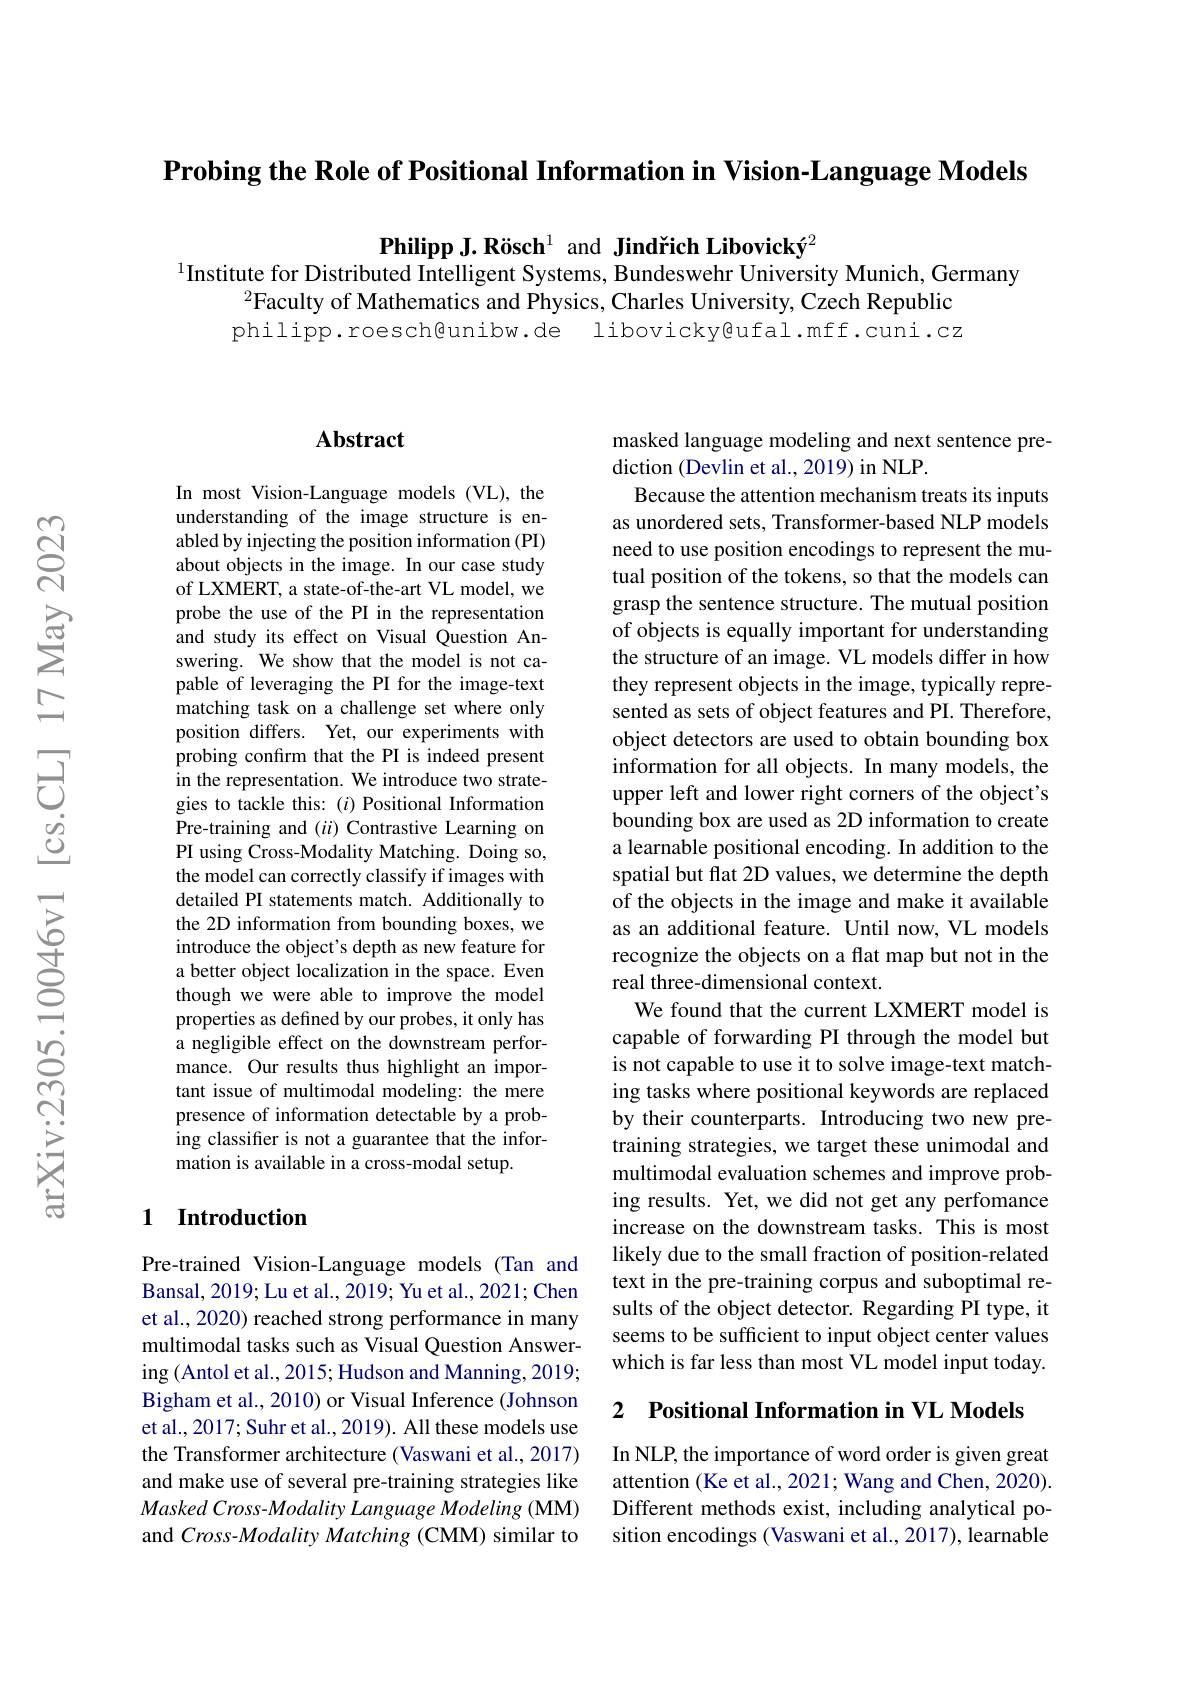
$\textbf{Probing the Role of Positional Information in Vision- Language Models}$

Philipp J.Rösch$^{1}$ and Jindrich Libovický$^{2}$
$^{1}$Institute for Distributed Intelligent Systems, Bundeswehr University Munich, Germany
$^{2}$Faculty of Mathematics and Physics, Charles University, Czech Republic philipp.roesch@unibw.de libovicky@ufal.mff.cuni.cz

## $\mathbf{Abstract}$

In most Vision-Language models(VL), the understanding of the image structure is enabled by injecting the position information (PI) about objects in the image. In our case study of LXMERT, a state-of-the-art VL model, we probe the use of the PI in the representation and study its effect on Visual Question Answering. We show that the model is not capable of leveraging the PI for the image-text matching task on a challenge set where only position differs. Yet, our experiments with probing confırm that the PI is indeed present in the representation. We introduce two strategies to tackle this: $(i)$ Positional Information Pre-training and $(ii)$ Contrastive Learning on PI using Cross-Modality Matching. Doing so, the model can correctly classify if images with detailed PI statements match. Additionally to the 2D information from bounding boxes, we introduce the object's depth as new feature for a better object localization in the space. Even though we were able to improve the model properties as defined by our probes, it only has a negligible effect on the downstream performance. Our results thus highlight an important issue of multimodal modeling: the mere presence of information detectable by a probing classifier is not a guarantee that the information is available in a cross-modal setup.

## 1 Introduction

Pre-trained Vision-Language models (Tan and Bansal, 2019; Lu et al., 2019; Yu et al., 2021; Chen et al., 2020) reached strong performance in many multimodal tasks such as Visual Question Answering (Antol et al., 2015; Hudson and Manning, 2019; Bigham et al., 2010) or Visual Inference (Johnson et al., 2017; Suhr et al., 2019). All these models use the Transformer architecture (Vaswani et al., 2017) and make use of several pre-training strategies like $Masked\textit{Cross- Modality Language Modeling ( MM) }$ and $Cross-Modality$ Matching (CMM) similar to

masked language modeling and next sentence pre-
diction (Devlin et al., 2019) in NLP.

Because the attention mechanism treats its inputs as unordered sets, Transformer-based NLP models need to use position encodings to represent the mutual position of the tokens, so that the models can grasp the sentence structure. The mutual position of objects is equally important for understanding the structure of an image. VL models differ in how they represent objects in the image, typically represented as sets of object features and PI. Therefore, object detectors are used to obtain bounding box information for all objects. In many models, the upper left and lower right corners of the object's bounding box are used as 2D information to create a learnable positional encoding. In addition to the spatial but flat 2D values, we determine the depth of the objects in the image and make it available as an additional feature. Until now, VL models recognize the objects on a flat map but not in the real three-dimensional context.
We found that the current LXMERT model is capable of forwarding PI through the model but is not capable to use it to solve image-text matching tasks where positional keywords are replaced by their counterparts. Introducing two new pretraining strategies, we target these unimodal and multimodal evaluation schemes and improve probing results. Yet, we did not get any perfomance increase on the downstream tasks. This is most likely due to the small fraction of position-related text in the pre-training corpus and suboptimal results of the object detector. Regarding PI type, it seems to be sufficient to input object center values which is far less than most VL model input today.

2 $\textbf{Positional Information in VL Models}$

In NLP, the importance of word order is given great attention (Ke et al., 2021; Wang and Chen, 2020). Different methods exist, including analytical position encodings (Vaswani et al., 2017), learnable